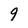
Character: 9